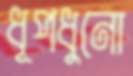
ধূপধুনো